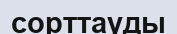
сорттауды